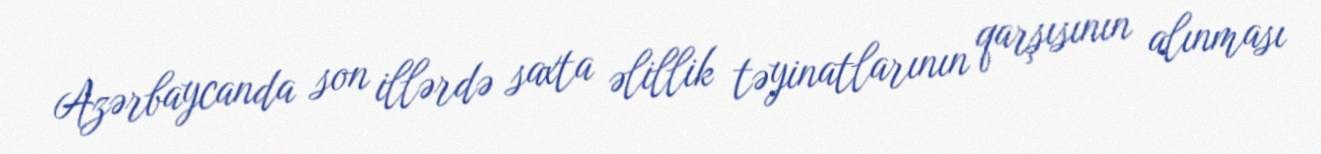
Azərbaycanda son illərdə saxta əlillik təyinatlarının qarşısının alınması